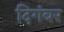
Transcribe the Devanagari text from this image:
दिगंबर